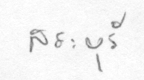
สระบุรี